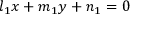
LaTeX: l _ { 1 } x + m _ { 1 } y + n _ { 1 } = 0